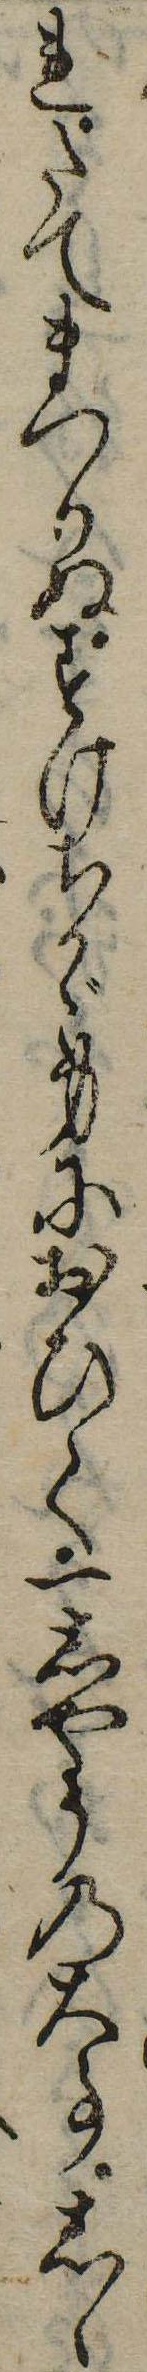
れたてまつりぬすけちかゞ身におひて一しやうの大事しゝ